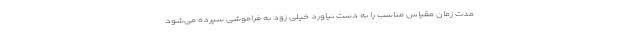
مدت زمان مقیاس مناسب را به دست نیاورد خیلی زود به فراموشی سپرده می‌شود